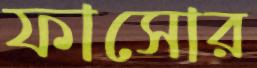
ফাসোর